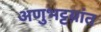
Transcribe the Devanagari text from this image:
अणुभट्टय़ांत